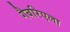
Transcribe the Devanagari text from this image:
गैबरिएला